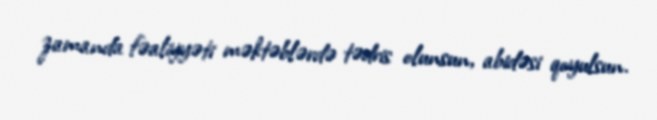
zamanda fəaliyyəti məktəblərdə tədris olunsun, abidəsi qoyulsun.